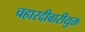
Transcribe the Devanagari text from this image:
चहारदीवारीयुक्त